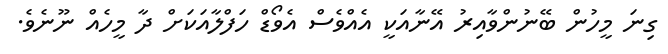
ގިނަ މީހުން ބޭނުންވާއިރު އޭނާއަކީ އެއްވެސް އެވޯޑް ހަފްލާއަކަށް ދާ މީހެއް ނޫނެވެ.